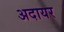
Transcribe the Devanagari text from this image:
अदायर